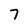
Character: 7